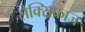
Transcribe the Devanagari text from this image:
सैक्सिफ्राज